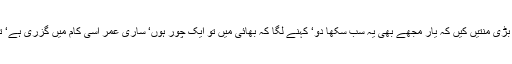
میں بڑا متاثر ہوا‘ میں نے اس کی بڑی منتیں کیں کہ یار مجھے بھی یہ سب سکھا دو‘ کہنے لگا کہ بھائی میں تو ایک چور ہوں‘ ساری عمر اسی کام میں گزری ہے‘ تم کیسے اتنی جلدی سیکھ پاؤ گے؟